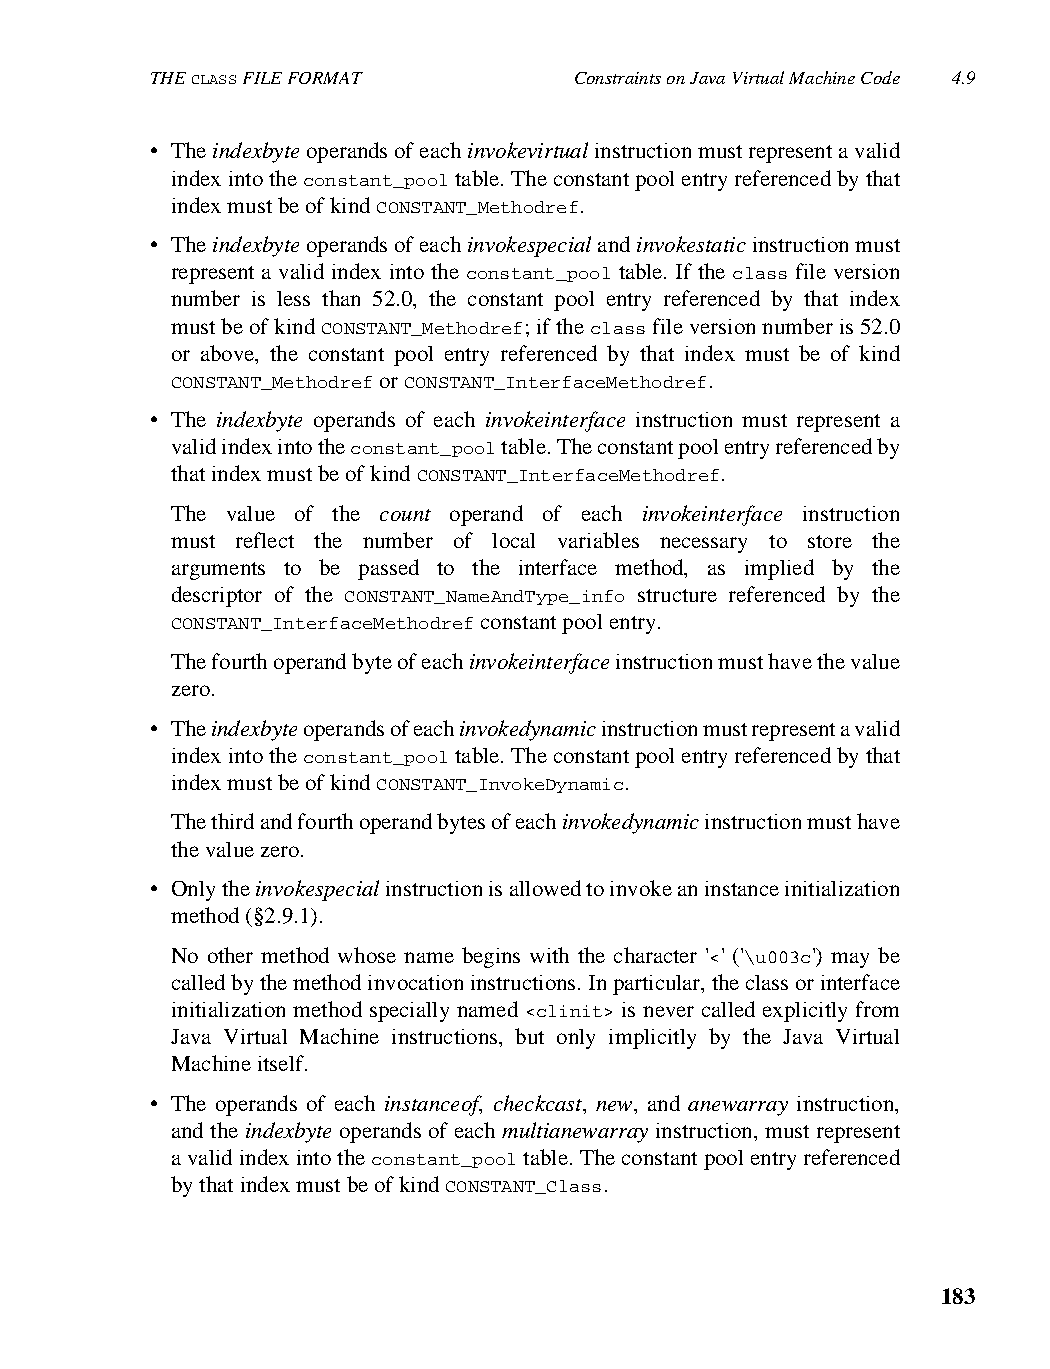
THE CLASS FILE FORMAT       Constraints on Java Virtual Machine Code 4.9
 • The indexbyte operands of each invokevirtual instruction must represent a valid
 index into the constant_pool table. The constant pool entry referenced by that
 index must be of kind CONSTANT_Methodref.
 • The indexbyte operands of each invokespecial and invokestatic instruction must
 represent a valid index into the constant_pool table. If the class file version
 number is less than 52.0, the constant pool entry referenced by that index
 must be of kind CONSTANT_Methodref; if the class file version number is 52.0
 or above, the constant pool entry referenced by that index must be of kind
 CONSTANT_Methodref or CONSTANT_InterfaceMethodref.
 • The indexbyte operands of each invokeinterface instruction must represent a
 valid index into the constant_pool table. The constant pool entry referenced by
 that index must be of kind CONSTANT_InterfaceMethodref.
 The value of the count operand of each invokeinterface instruction
 must reflect the number of local variables necessary to store the
 arguments to be passed to the interface method, as implied by the
 descriptor of the CONSTANT_NameAndType_info structure referenced by the
 CONSTANT_InterfaceMethodref constant pool entry.
 The fourth operand byte of each invokeinterface instruction must have the value
 zero.
 • The indexbyte operands of each invokedynamic instruction must represent a valid
 index into the constant_pool table. The constant pool entry referenced by that
 index must be of kind CONSTANT_InvokeDynamic.
 The third and fourth operand bytes of each invokedynamic instruction must have
 the value zero.
 • Only the invokespecial instruction is allowed to invoke an instance initialization
 method (§2.9.1).
 No other method whose name begins with the character '<' ('\u003c') may be
 called by the method invocation instructions. In particular, the class or interface
 initialization method specially named <clinit> is never called explicitly from
 Java Virtual Machine instructions, but only implicitly by the Java Virtual
 Machine itself.
 • The operands of each instanceof, checkcast, new, and anewarray instruction,
 and the indexbyte operands of each multianewarray instruction, must represent
 a valid index into the constant_pool table. The constant pool entry referenced
 by that index must be of kind CONSTANT_Class.
 183